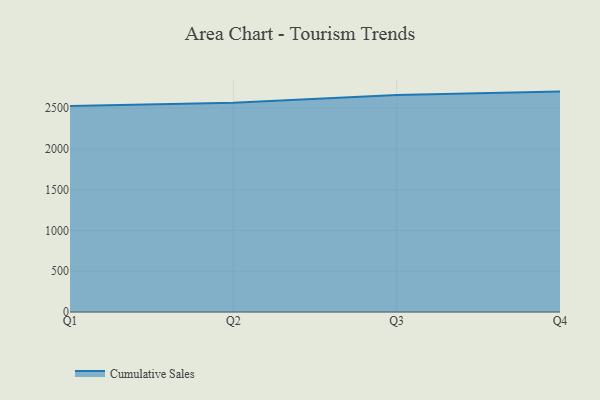
{"axis": {"x": "Quarter", "y": "Demand Index"}, "legend": ["Cumulative Sales"], "data": [{"x": "Q1", "y": 2524.6, "type": "Cumulative Sales"}, {"x": "Q2", "y": 2565.5, "type": "Cumulative Sales"}, {"x": "Q3", "y": 2661.0, "type": "Cumulative Sales"}, {"x": "Q4", "y": 2702.3, "type": "Cumulative Sales"}]}